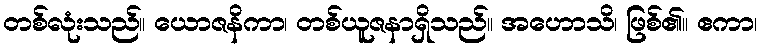
တစ်လုံးသည်။ ယောဇနိကာ၊ တစ်ယူဇနာရှိသည်။ အဟောသိ၊ ဖြစ်၏။ ဧကာ၊